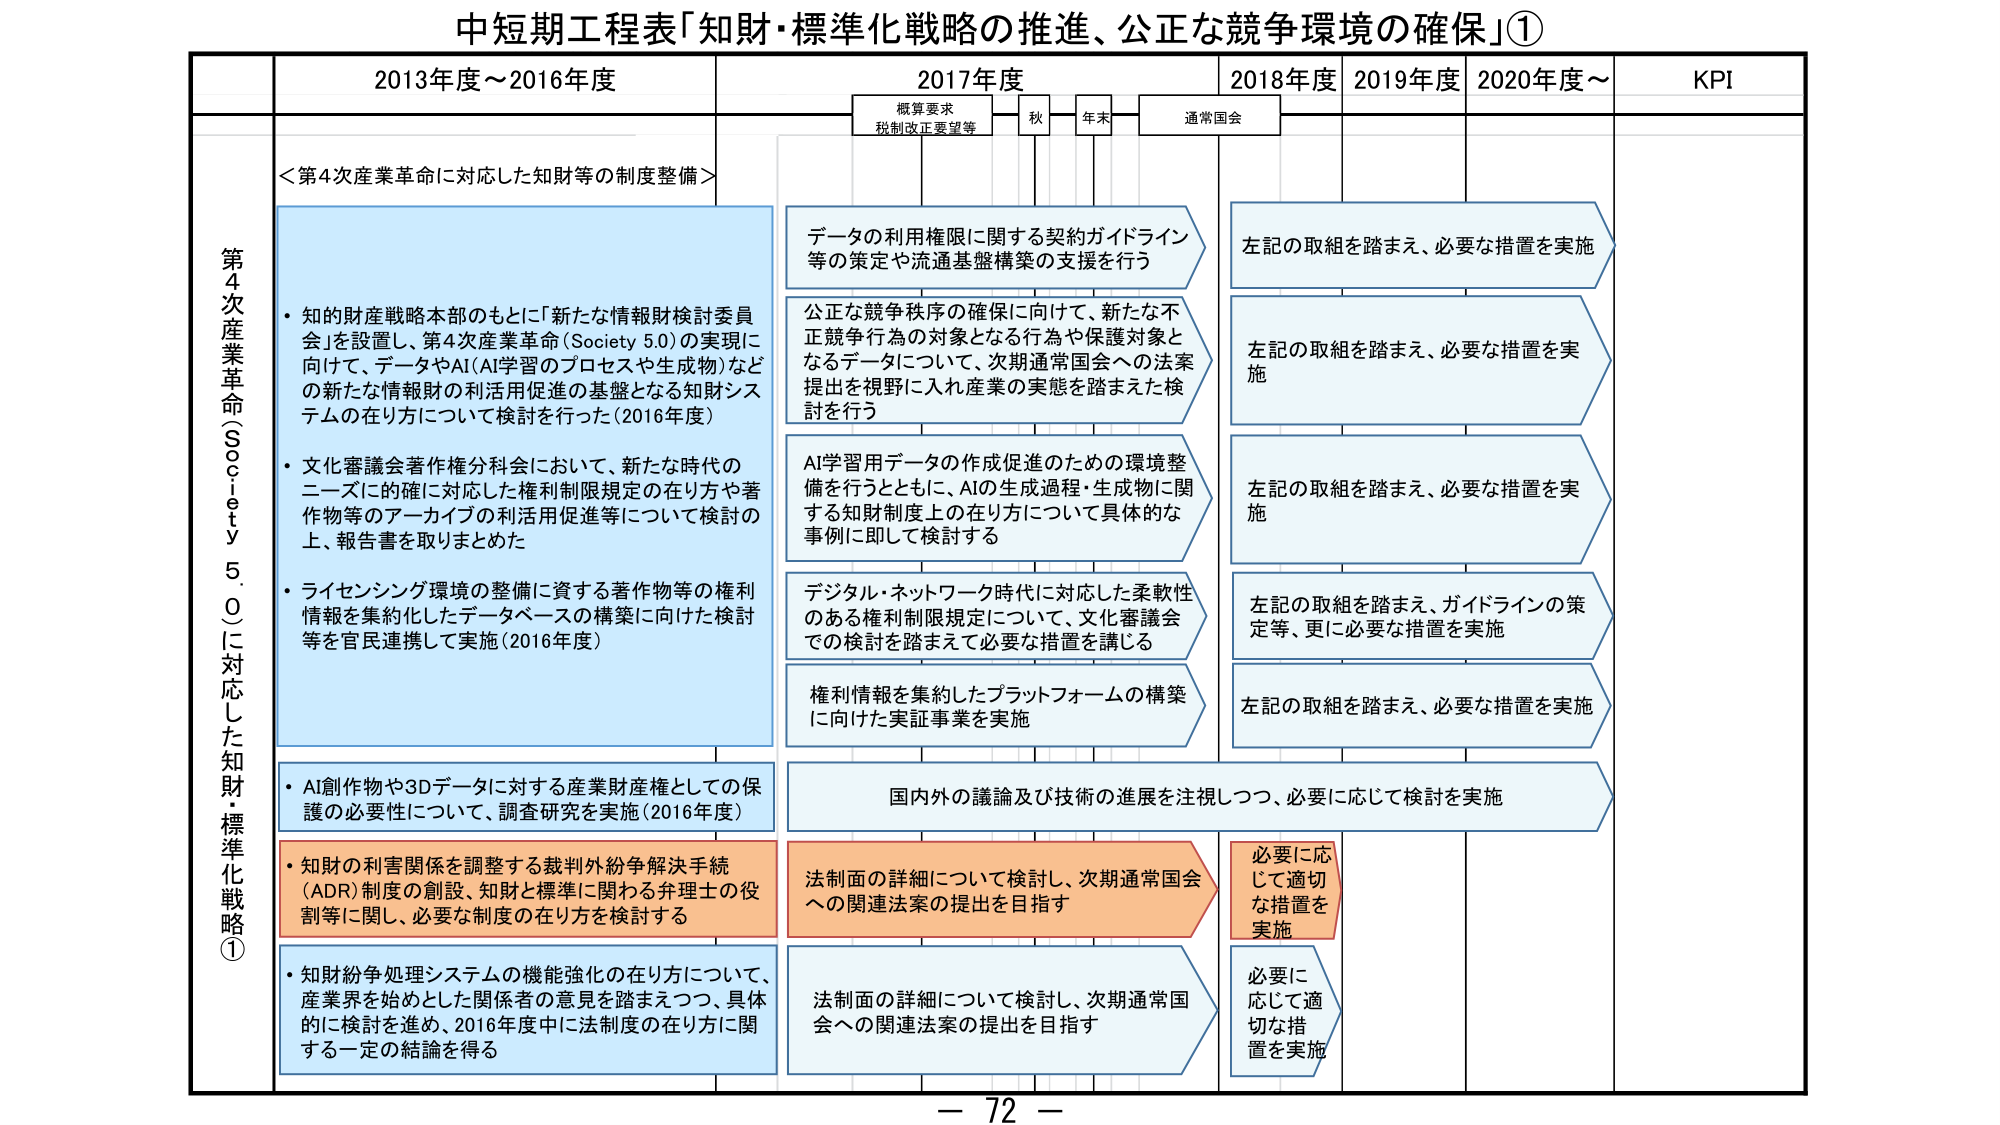
中短期工程表「知財・標準化戦略の推進、公正な競争環境の確保」①

2013年度～2016年度
2017年度
2018年度
2019年度
2020年度～
KPI

概算要求
税制改正要望等
秋
年末
通常国会

第4次産業革命（Society 5.0）に対応した知財・標準化戦略①

＜第4次産業革命に対応した知財等の制度整備＞

・知的財産戦略本部のもとに「新たな情報財検討委員会」を設置し、第4次産業革命（Society 5.0）の実現に向けて、データやAI（AI学習のプロセスや生成物）などの新たな情報財の利活用促進の基盤となる知財システムの在り方について検討を行った（2016年度）

・文化審議会著作権分科会において、新たな時代のニーズに的確に対応した権利制限規定の在り方や著作物等のアーカイブの利活用促進等について検討の上、報告書を取りまとめた

・ライセンシング環境の整備に資する著作物等の権利情報を集約化したデータベースの構築に向けた検討等を官民連携して実施（2016年度）

・AI創作物や3Dデータに対する産業財産権としての保護の必要性について、調査研究を実施（2016年度）

・知財の利害関係を調整する裁判外紛争解決手続（ADR）制度の創設、知財と標準に関わる弁理士の役割等に関し、必要な制度の在り方を検討する

・知財紛争処理システムの機能強化の在り方について、産業界を始めとした関係者の意見を踏まえつつ、具体的に検討を進め、2016年度中に法制面の在り方に関する一定の結論を得る

データの利用権限に関する契約ガイドライン等の策定や流通基盤構築の支援を行う

公正な競争秩序の確保に向けて、新たな不正競争行為の対象となる行為や保護対象となるデータについて、次期通常国会への法案提出を視野に入れ産業の実態を踏まえた検討を行う

AI学習用データの作成促進のための環境整備を行うとともに、AIの生成過程・生成物に関する知財制度上の在り方について具体的な事例に即して検討する

デジタル・ネットワーク時代に対応した柔軟性のある権利制限規定について、文化審議会での検討を踏まえて必要な措置を講じる

権利情報を集約したプラットフォームの構築に向けた実証事業を実施

国内外の議論及び技術の進展を注視しつつ、必要に応じて検討を実施

法制面の詳細について検討し、次期通常国会への関連法案の提出を目指す

法制面の詳細について検討し、次期通常国会への関連法案の提出を目指す

左記の取組を踏まえ、必要な措置を実施

左記の取組を踏まえ、必要な措置を実施

左記の取組を踏まえ、必要な措置を実施

左記の取組を踏まえ、ガイドラインの策定等、更に必要な措置を実施

左記の取組を踏まえ、必要な措置を実施

必要に応じて適切な措置を実施

必要に応じて適切な措置を実施

－ 72 －